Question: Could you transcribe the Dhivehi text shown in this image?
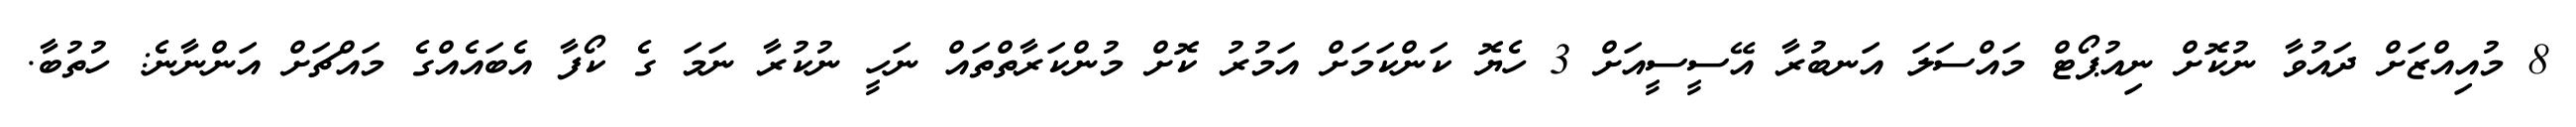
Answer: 8 މުއިއްޒަށް ދައުވާ ނުކޮށް ނިއުޕޯޓް މައްސަލަ އަނބުރާ އޭސީސީއަށް 3 ހެޔޮ ކަންކަމަށް އަމުރު ކޮށް މުންކަރާތްތައް ނަހީ ނުކުރާ ނަމަ ގެ ކޯފާ އެބައެއްގެ މައްޗަށް އަންނާނެ: ހުތުބާ.